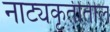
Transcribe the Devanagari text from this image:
नाट्यकृतींतील